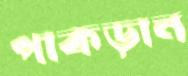
পাকড়ান